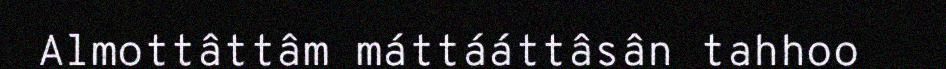
Almottâttâm máttááttâsân tahhoo